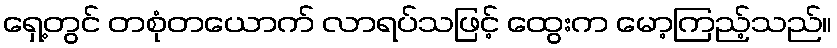
ရှေ့တွင် တစုံတယောက် လာရပ်သဖြင့် ထွေးက မော့ကြည့်သည်။